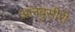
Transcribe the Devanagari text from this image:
अलबुसीरी